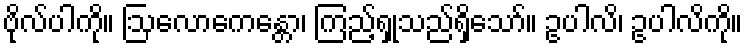
ဗိုလ်ပါကို။ ဩလောကေန္တော၊ ကြည့်ရှုသည်ရှိသော်။ ဥပါလိ၊ ဥပါလိကို။